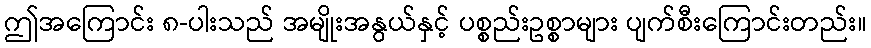
ဤအကြောင်း ၈-ပါးသည် အမျိုးအနွယ်နှင့် ပစ္စည်းဥစ္စာများ ပျက်စီးကြောင်းတည်း။